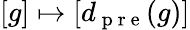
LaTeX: [g]\mapsto[d_{\mathrm{~p~r~e~}}(g)]